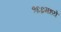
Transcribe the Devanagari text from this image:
१६६मध्ये